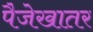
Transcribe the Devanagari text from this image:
पैजेखातर